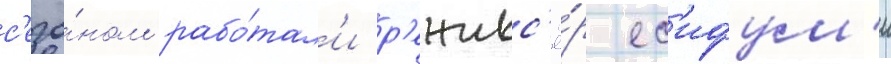
с'езо́ном рабо́тал'и р'ежисс'ё́р ес'ифум'и